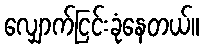
လျှောက်ငြင်းခုံနေတယ်။